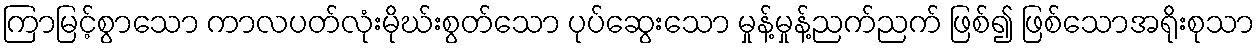
ကြာမြင့်စွာသော ကာလပတ်လုံးမိုဃ်းစွတ်သော ပုပ်ဆွေးသော မှုန့်မှုန့်ညက်ညက် ဖြစ်၍ ဖြစ်သောအရိုးစုသာ